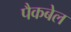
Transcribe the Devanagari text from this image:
पैकबेल